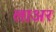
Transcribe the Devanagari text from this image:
लाअर